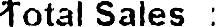
TOTAL SALES :